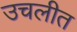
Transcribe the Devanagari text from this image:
उचलीत